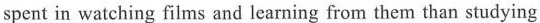
spent in watching films and learning from them than studying